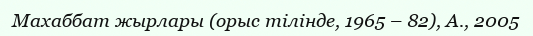
Махаббат жырлары (орыс тілінде, 1965 – 82), А., 2005